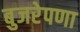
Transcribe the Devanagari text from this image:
बुजरेपणा